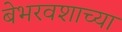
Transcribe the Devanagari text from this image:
बेभरवशाच्या